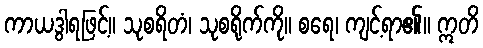
ကာယဒွါရဖြင့်။ သုစရိတံ၊ သုစရိုက်ကို။ စရေ၊ ကျင့်ရာ၏။ ဣတိ